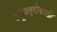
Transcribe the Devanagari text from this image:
लघुपत्रकिाओं